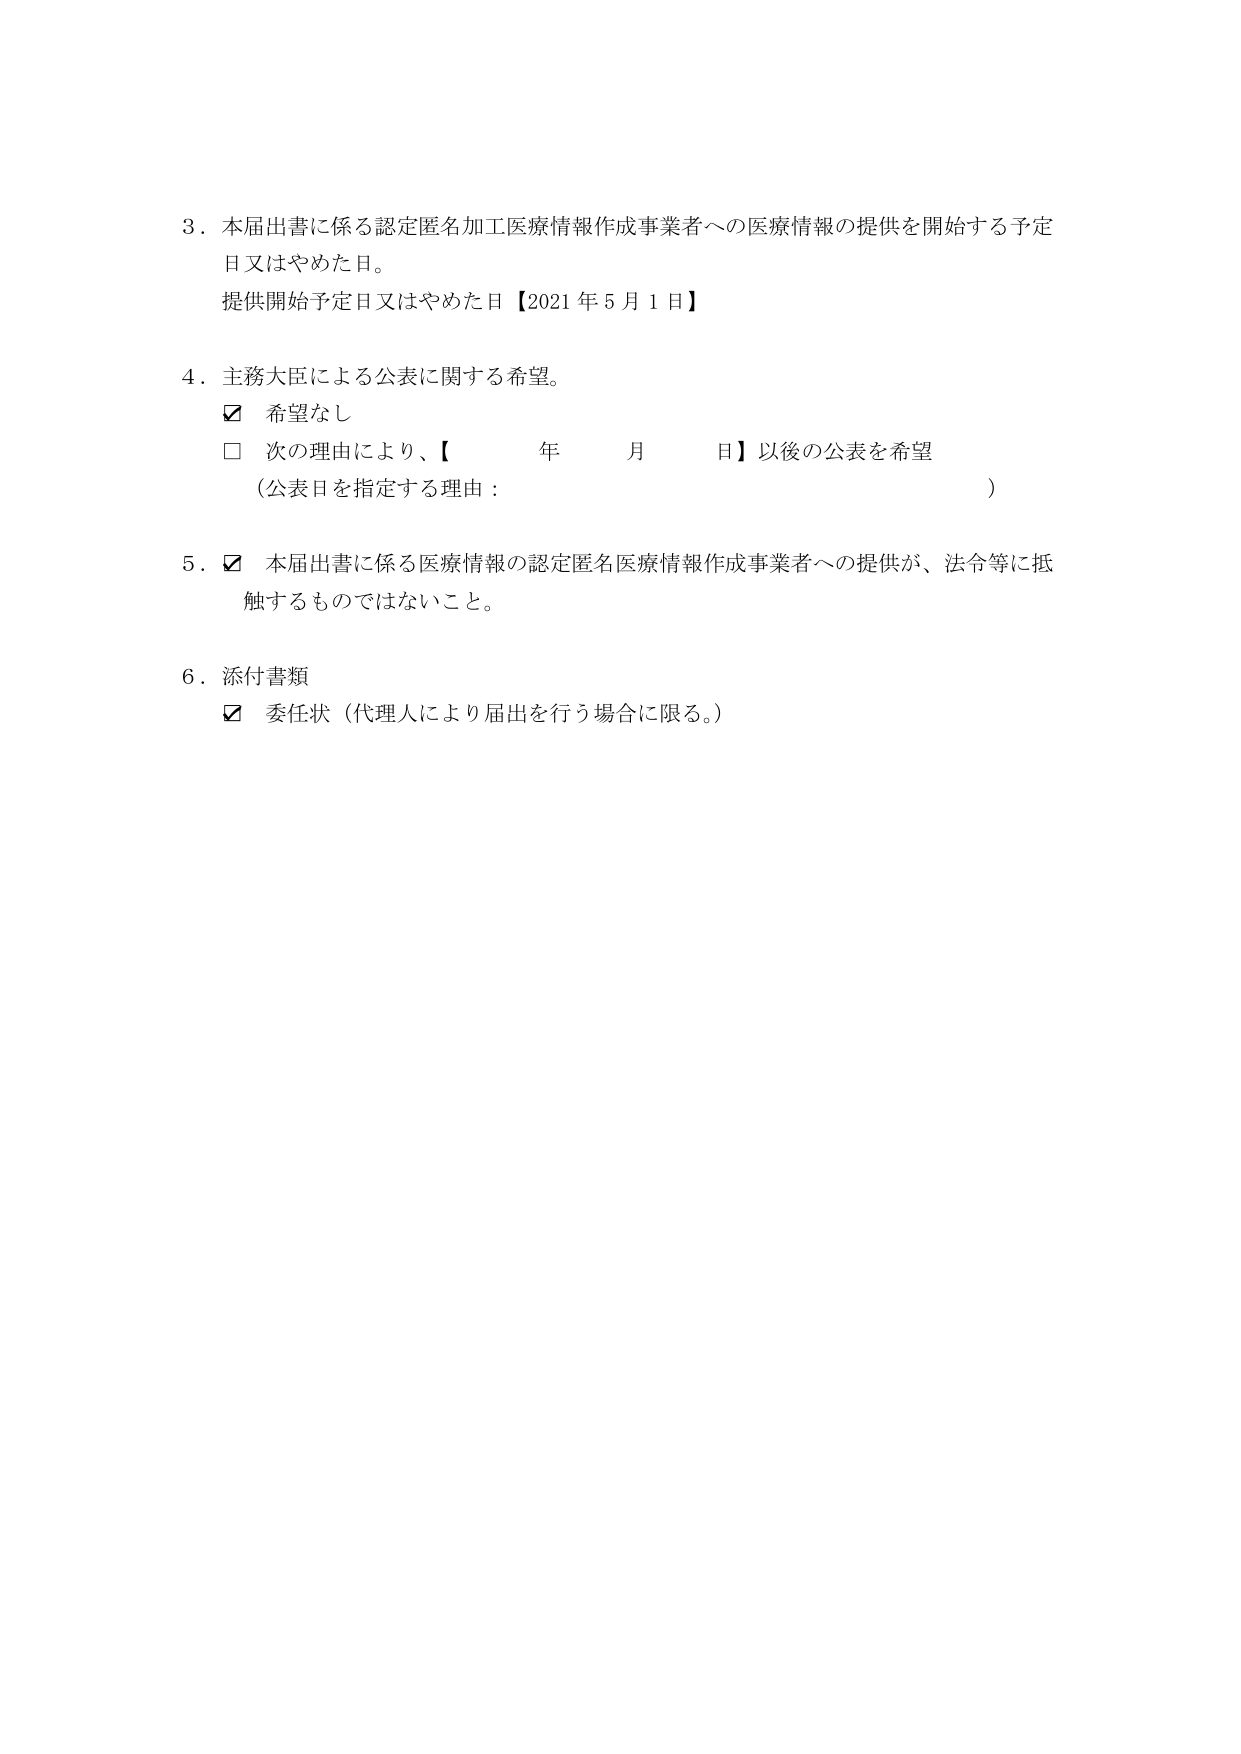
3．本届出書に係る認定匿名加工医療情報作成事業者への医療情報の提供を開始する予定日又はやめた日。

提供開始予定日又はやめた日【2021年5月1日】

4．主務大臣による公表に関する希望。
☑ 希望なし
□ 次の理由により、【　　　年　　　月　　　日】以後の公表を希望
（公表日を指定する理由：　　　　　　　　　　　　　　　　　　　　）

5．☑ 本届出書に係る医療情報の認定匿名医療情報作成事業者への提供が、法令等に抵触するものではないこと。

6．添付書類
☑ 委任状（代理人により届出を行う場合に限る。）